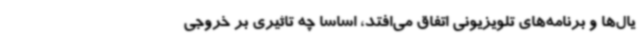
یال‌ها و برنامه‌های تلویزیونی اتفاق می‌افتد، اساساً چه تاثیری بر خروجی